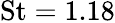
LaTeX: \textrm{St}=1.18